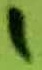
Text: 1